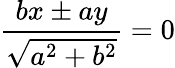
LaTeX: {\frac{bx\pm ay}{\sqrt{a^{2}+b^{2}}}}=0